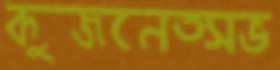
কুজনেত্সভ